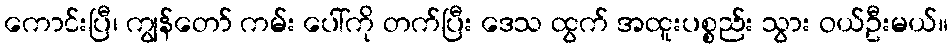
ကောင်းပြီ၊ ကျွန်တော် ကမ်း ပေါ်ကို တက်ပြီး ဒေသ ထွက် အထူးပစ္စည်း သွား ဝယ်ဦးမယ်။